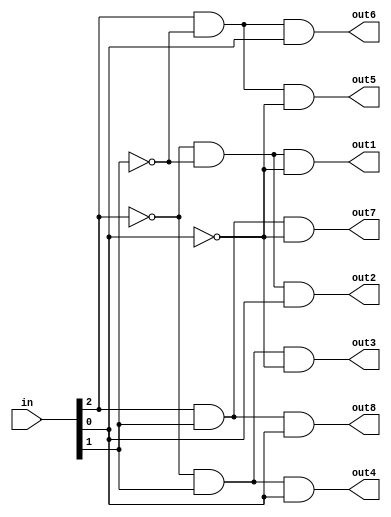
module decoder(in, out1, out2, out3, out4, out5, out6, out7, out8);

    input [2:0] in;
    output out1, out2, out3, out4, out5, out6, out7, out8;

    assign out1 = ~in[2] && ~in[1] && ~in[0];
    assign out2 = ~in[2] && ~in[1] && in[0];
    assign out3 = ~in[2] && in[1] && ~in[0];
    assign out4 = ~in[2] && in[1] && in[0];
    assign out5 = in[2] && ~in[1] && ~in[0];
    assign out6 = in[2] && ~in[1] && in[0];
    assign out7 = in[2] && in[1] && ~in[0];
    assign out8 = in[2] && in[1] && in[0];

endmodule